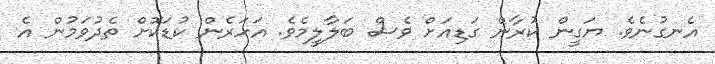
އެނގުނެވެ. ޔަގީން ކުރާން ގަޑިއަށް ވެސް ބަލާލީމެވެ. އަހަރެން ކުޑަކޮށް ތެދުވަމުން އެ